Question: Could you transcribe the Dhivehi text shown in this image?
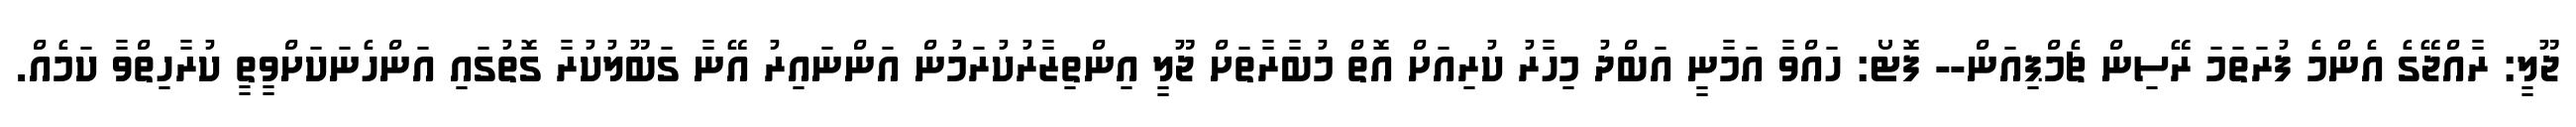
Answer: ޖޫލީ: ރާއްޖޭގެ އެންމެ ފުރަތަމަ ރޭސިން ޗެމްޕިއަން-- ފޮޓޯ: ހައްވާ އަމާނީ އަބްދު މިހާރު ކުރިއަށް އޮތް މުބާރާތަށް ޖޫލީ އިންތިޒާރުކުރަމުން އަންނައިރު އޭނާ ގަބޫލުކުރާ ގޮތުގައި އަންހެނަކަށްވީތީ ކުރާހިތްވާ ކަމެއް.